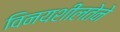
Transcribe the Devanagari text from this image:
विनयशीलतेने